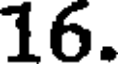
16.